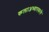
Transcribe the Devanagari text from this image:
कलाअध्यापकाचे